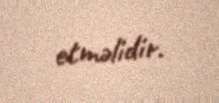
etməlidir.